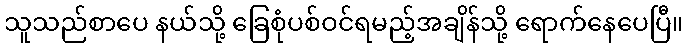
သူသည်စာပေ နယ်သို့ ခြေစုံပစ်ဝင်ရမည့်အချိန်သို့ ရောက်နေပေပြီ။